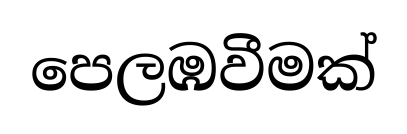
පෙලඹවීමක්